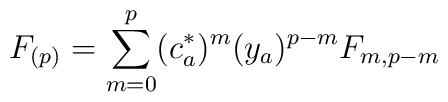
F_{(p)}=\sum_{m=0}^{p} (c^*_a)^m (y_a)^{p-m}F_{m,p-m}